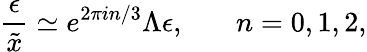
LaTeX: \frac{\epsilon}{\tilde{x}}\simeq e^{2\pi in/3}\Lambda\epsilon,\: \: \: \: \: \: \: \: n=0,1,2,